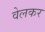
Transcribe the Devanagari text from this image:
वेलकर